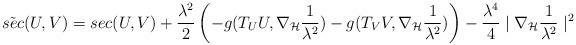
LaTeX: \begin{align*}\tilde{sec}(U, V)& = sec(U, V) + \frac{\lambda^2}{2} \left( -g(T_U U, \nabla_{\mathcal{H}} \frac{1}{\lambda^2}) - g(T_V V, \nabla_{\mathcal{H}} \frac{1}{\lambda^2})\right) - \frac{\lambda^4}{4} \mid \nabla_{\mathcal{H}} \frac{1}{\lambda^2}\mid^2\end{align*}